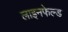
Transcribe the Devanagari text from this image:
लाइनफेल्ड